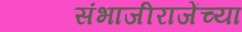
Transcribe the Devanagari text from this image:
संभाजीराजेंच्या